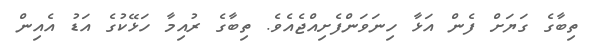
ތިބާގެ ގަޔަށް ފެން އަޅާ ހިނަވަންފެށިއްޖެއެވެ. ތިބާގެ ރުއިމާ ހަޅޭކުގެ އަޑު އެއިން